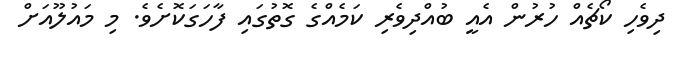
ދިވެހި ކޯޗެއް ހުރުން އެއީ ބުއްދިވެރި ކަމެއްގެ ގޮތުގައި ފާހަގަކޮށެވެ. މި މައުލޫއަށް